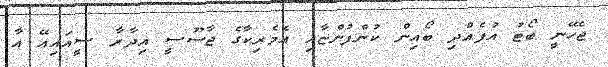
ޖެހޭނީ ބޯޓު އުފެއްދި ބޯއިން ކުންފުންޏާއި އެމެރިކާގެ ޖާސޫސީ އިދާރާ ސީއައިއޭ އާ